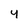
Character: 4